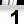
Digit: 1